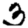
Digit: 3